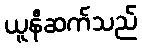
ယူနီဆက်သည်